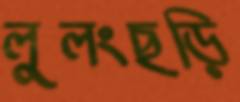
লুলংছড়ি